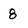
Character: 8